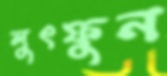
লুৎফুন